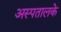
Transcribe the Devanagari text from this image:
अस्पतालके